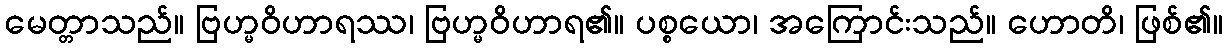
မေတ္တာသည်။ ဗြဟ္မဝိဟာရဿ၊ ဗြဟ္မဝိဟာရ၏။ ပစ္စယော၊ အကြောင်းသည်။ ဟောတိ၊ ဖြစ်၏။